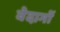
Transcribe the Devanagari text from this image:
वेदागों